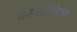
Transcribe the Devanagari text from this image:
घनसारविलेपाय